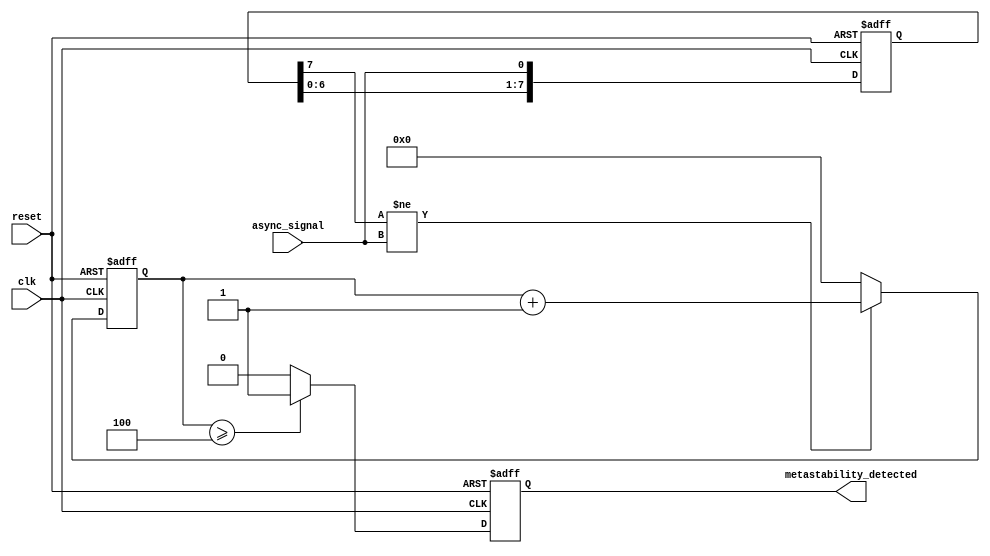
module metastability_detector (
    input wire clk,                // System clock
    input wire reset,              // Reset signal
    input wire async_signal,       // Asynchronous input signal
    output reg metastability_detected // Output signal indicating metastability
);

    // Parameters
    parameter NUM_SAMPLES = 8;    // Number of samples to store
    parameter THRESHOLD = 4;       // Threshold for metastability detection

    // Memory blocks to store sampled values
    reg [NUM_SAMPLES-1:0] samples; // Shift register for storing samples
    reg [NUM_SAMPLES-1:0] sample_count; // Counter for transitions

    // Sampling mechanism
    always @(posedge clk or posedge reset) begin
        if (reset) begin
            samples <= 0;
            metastability_detected <= 0;
            sample_count <= 0;
        end else begin
            // Shift samples and add new sample
            samples <= {samples[NUM_SAMPLES-2:0], async_signal};

            // Count transitions
            if (samples[NUM_SAMPLES-1] != async_signal) begin
                sample_count <= sample_count + 1;
            end else begin
                sample_count <= 0; // Reset count if no transition
            end

            // Check for metastability
            if (sample_count >= THRESHOLD) begin
                metastability_detected <= 1; // Indicate metastability detected
            end else begin
                metastability_detected <= 0; // Clear indication
            end
        end
    end

endmodule